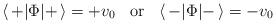
LaTeX: \begin{align*}\langle\, + | \Phi | + \,\rangle = +v_0 \;\; \mbox{ or }\;\;\langle\, - | \Phi | - \,\rangle = -v_0\end{align*}